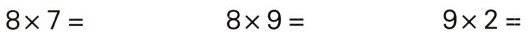
$$8 \times 7 =$$ $$8 \times 9 =$$ $$9 \times 2 =$$